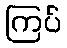
ကြပ်